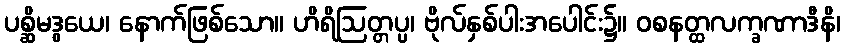
ပစ္ဆိမဒွယေ၊ နောက်ဖြစ်သော။ ဟိရိဩတ္တပ္ပ၊ ဗိုလ်နှစ်ပါးအပေါင်း၌။ ဝစနတ္ထလက္ခဏာဒီနိ၊